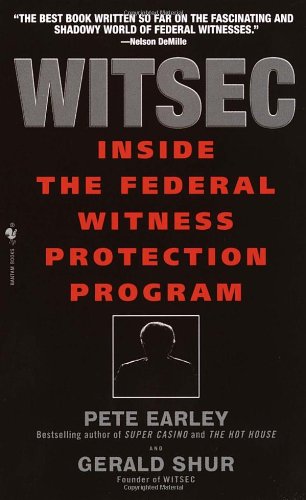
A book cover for Witsec: Inside the Federal Witness Protection Program; Pete Earley; Law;